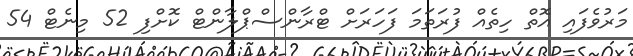
މަރުވެފައި އޮތް ހިތެއް ފުރަތަމަ ފަހަރަށް ޓްރާންސްޕްލާންޓް ކޮށްފި 52 މިނެޓް 54